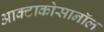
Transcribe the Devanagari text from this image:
आक्टाकोसानॉल